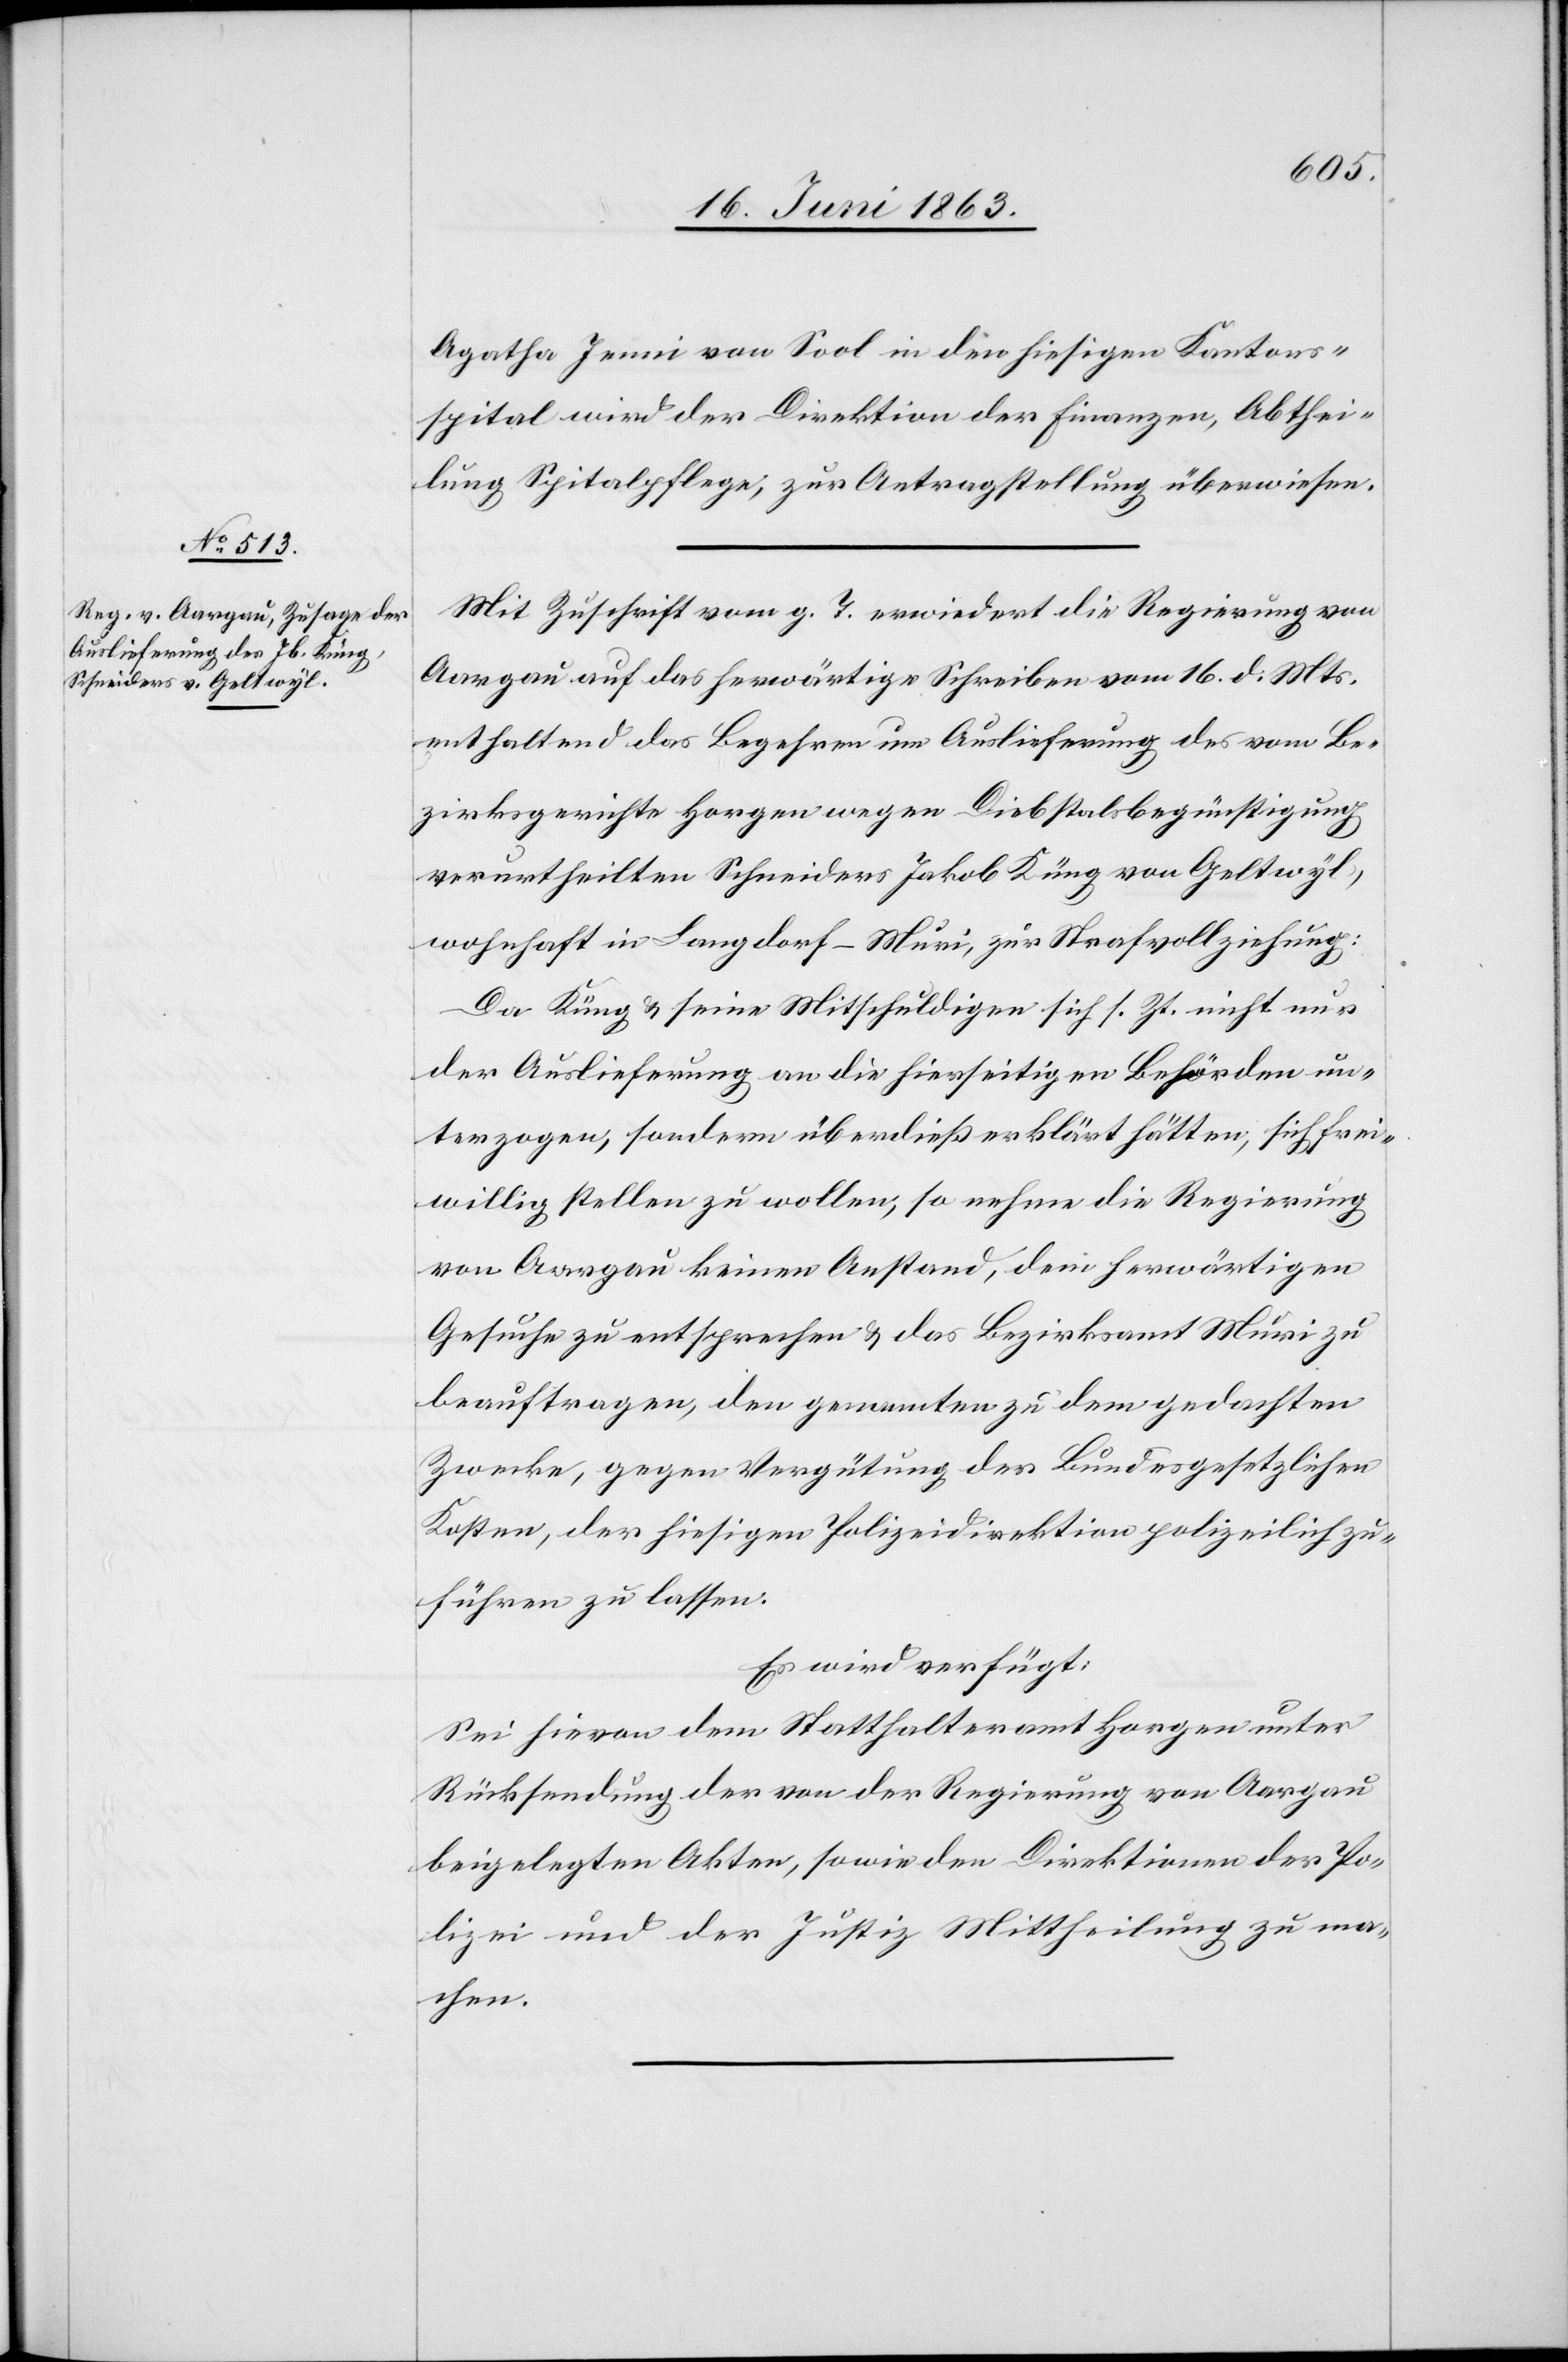
23. Juni 1863.]
Agatha Jenni von Sool in den hiesigen Kantons¬
spital wird der Direktion der Finanzen, Abthei¬
lung Spitalpflege, zur Antragstellung überwiesen.
Mit Zuschrift vom g. T. erwiedert die Regierung von
Aargau auf das herwärtige Schreiben vom 16. d. Mts.
enthaltend das Begehren um Auslieferung des vom Be¬
zirksgerichte Horgen wegen Diebstalsbegünstigung
verurtheilten Schneiders Jakob Küng von Geltwyl,
wohnhaft in Langdorf – Muri, zur Strafvollziehung:
Da Küng & seine Mitschuldigen sich s. Zt. nicht nur
der Auslieferung an die hierseitigen Behörden un¬
terzogen, sondern überdieß erklärt hätten, sich frei¬
willig stellen zu wollen, so nehme die Regierung
von Aargau keinen Anstand, dem herwärtigen
Gesuche zu entsprechen & das Bezirksamt Muri zu
beauftragen, den genannten zu dem gedachten
Zwecke, gegen Vergütung der Bundesgesetzlichen
Kosten, der hiesigen Polizeidirektion polizeilich zu¬
führen zu lassen.
Es wird verfügt:
Sei hievon dem Statthalteramt Horgen unter
Rücksendung der von der Regierung von Aargau
beigelegten Akten, sowie den Direktionen der Po¬
lizei und der Justiz Mittheilung zu ma¬
chen.